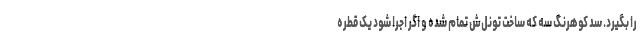
را بگیرد. سد کوهرنگ سه که ساخت تونل‌ش تمام شده و اگر اجرا شود یک قطره